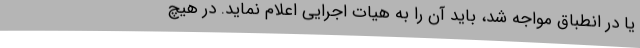
یا در انطباق مواجه شد، باید آن را به هیات اجرایی اعلام نماید. در هیچ